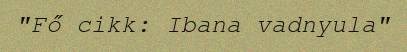
"Fő cikk: Ibana vadnyula"